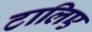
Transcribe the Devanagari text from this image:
टालिए